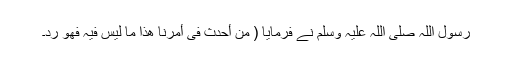
رسول اللہ صلی اللہ علیہ وسلم نے فرمایا ( مَن أحدث فی أمرنا ھذا ما لیس فیہ فھو رد۔